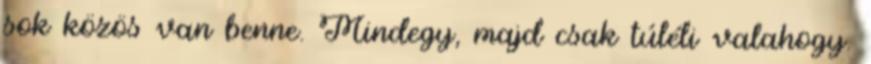
sok közös van benne. Mindegy, majd csak túléli valahogy.